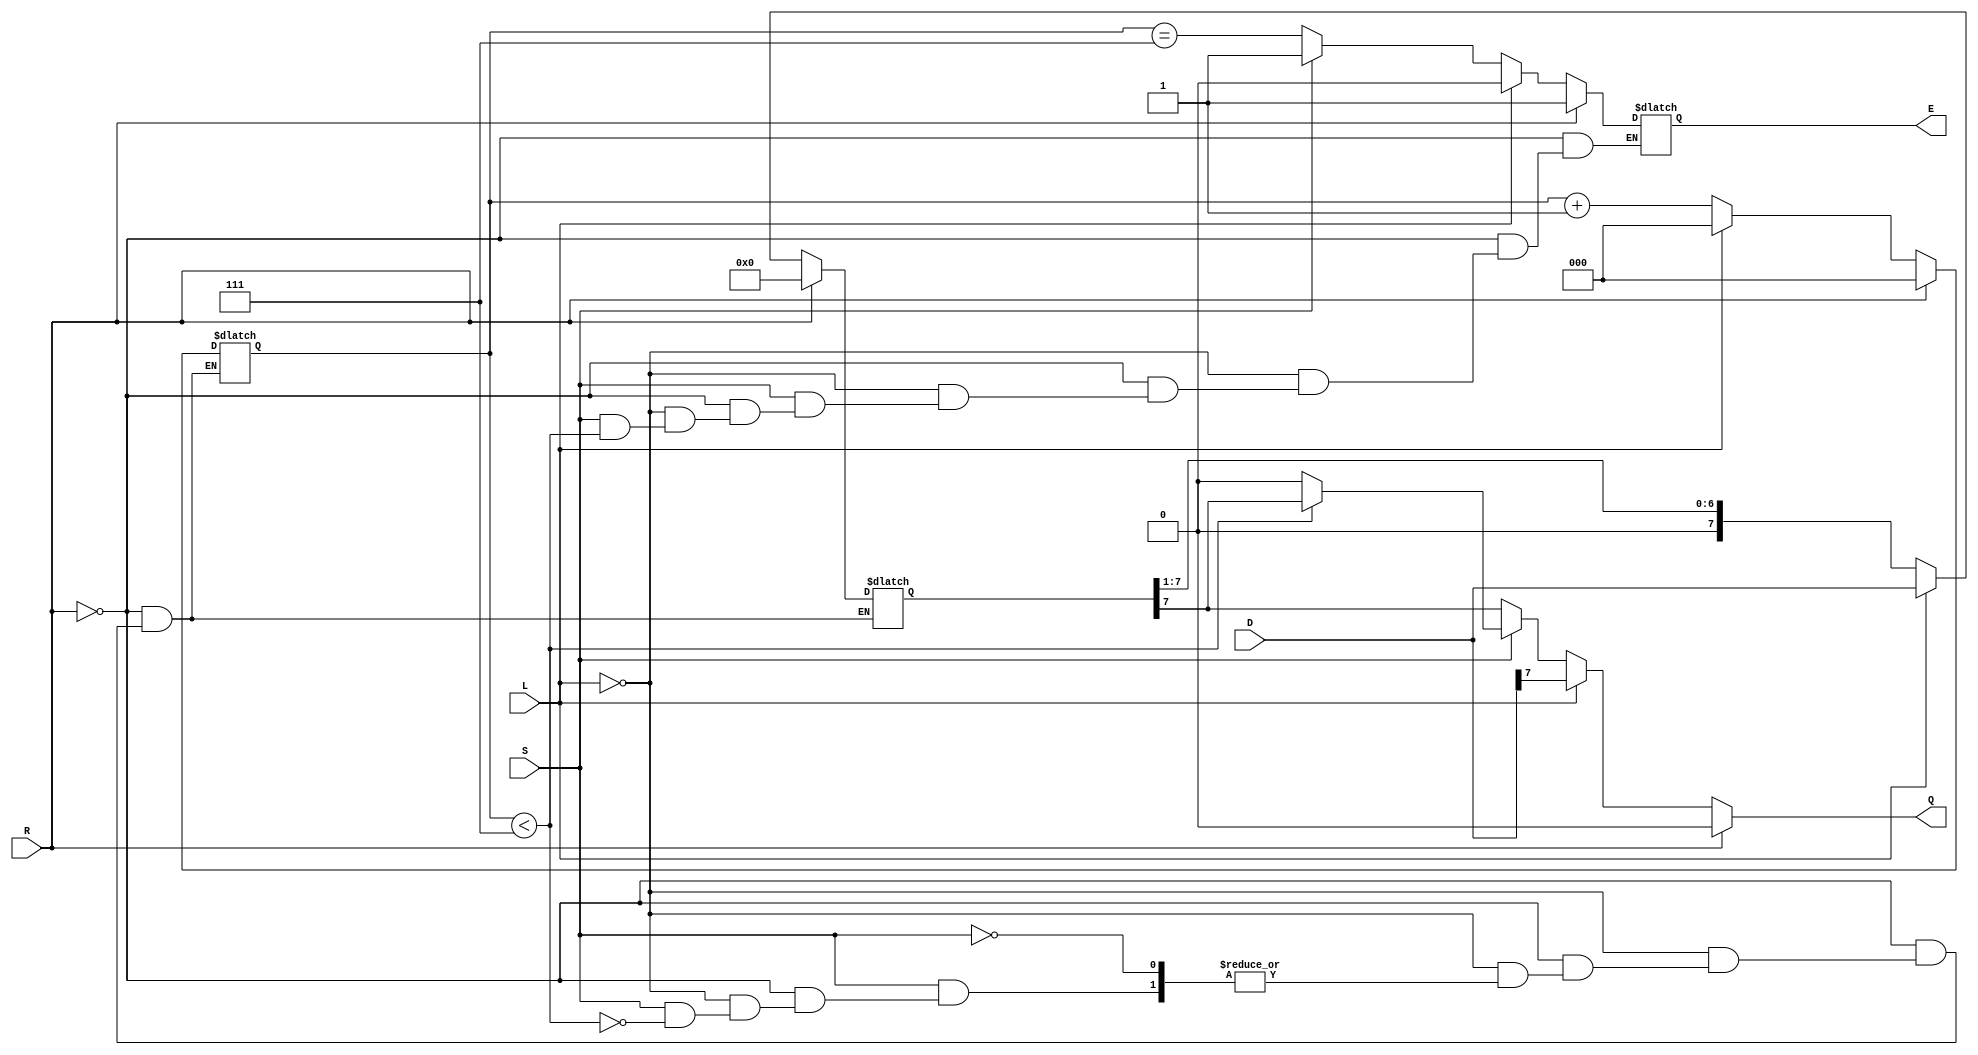
module PISO_Register (
    input  wire [7:0] D,    // Parallel Data Input
    input  wire L,          // Load Control Signal
    input  wire S,          // Shift Control Signal
    input  wire R,          // Asynchronous Reset Signal
    output reg  Q,          // Serial Output
    output reg  E           // Empty Flag
);

    reg [7:0] SR;           // Shift Register
    reg [2:0] CNT;          // Counter for shifted bits

    always @(*) begin
        if (R) begin
            // Asynchronous Reset
            SR = 8'b0;
            CNT = 3'b0;
            E  = 1'b1;       // Register is empty after reset
            Q  = 1'b0;       // Output is 0 after reset
        end else begin
            if (L) begin
                // Load Data
                SR = D;
                CNT = 3'b0;   // Reset counter when loading
                E  = 1'b0;     // Not empty after loading
                Q  = SR[7];    // Output the MSB of the register
            end else if (S) begin
                // Shift Data
                if (CNT < 3'b111) begin
                    Q = SR[7];                     // Output MSB
                    SR = {1'b0, SR[7:1]};          // Shift right
                    CNT = CNT + 1'b1;              // Increment counter
                end else begin
                    // All bits have been shifted out
                    Q = 1'b0;                      // No valid output after shifting
                    E = 1'b1;                      // Register is empty
                end
            end else begin
                // No action taken
                Q = SR[7];    // Maintain output
                E = (CNT == 3'b111); // Update empty flag
            end
        end
    end
endmodule